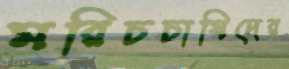
মরিচচাষিদের